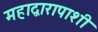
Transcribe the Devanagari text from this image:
महाद्वारापाशी